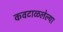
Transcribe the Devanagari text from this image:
कवटाळलेल्या